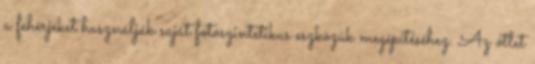
a fehérjéket használják saját fotoszintetikus eszközük megépítéséhez. Az ötlet